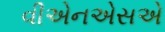
વીએનએસએ